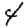
Digit: 4